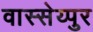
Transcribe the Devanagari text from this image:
वास्सेय्पुर